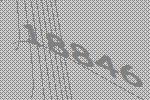
18846